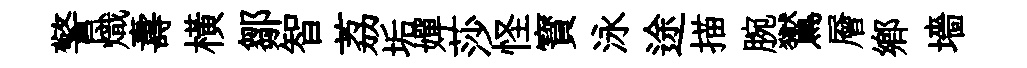
警熾夀橫鄒智荔垢嬋莎怪寳泳途描腕鸑層郷墻